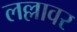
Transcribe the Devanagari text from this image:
लल्लावर